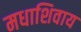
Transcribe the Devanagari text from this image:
मधाशिवाय